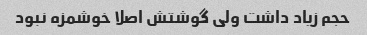
حجم زیاد داشت ولی گوشتش اصلا خوشمزه نبود